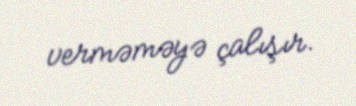
verməməyə çalışır.